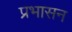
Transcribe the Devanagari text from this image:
प्रभासन